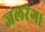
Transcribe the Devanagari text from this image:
जलरंग।